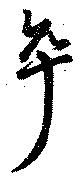
卒